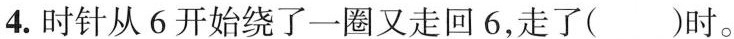
4. 时针从 6 开始绕了一圈又走回 6，走了( )时。